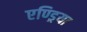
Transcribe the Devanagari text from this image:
एण्ड्रिया